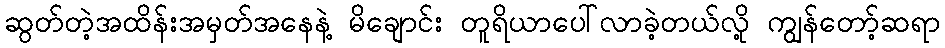
ဆွတ်တဲ့အထိန်းအမှတ်အနေနဲ့ မိချောင်း တူရိယာပေါ်လာခဲ့တယ်လို့ ကျွန်တော့်ဆရာ